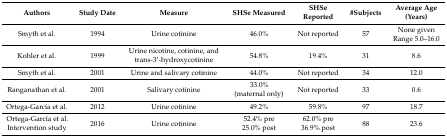
| Authors | Study Date | Measure | SHSe Measured | SHSe Reported | #Subjects | Average Age (Years) |
 | --- | --- | --- | --- | --- | --- | --- |
 | Smyth et al. | 1994 | Urine cotinine | 46.0% | Not reported | 57 | None given Range 5.0–16.0 |
 | Kohler et al. | 1999 | Urine nicotine, cotinine, and trans-3′-hydroxycotinine | 54.8% | 19.4% | 31 | 8.6 |
 | Smyth et al. | 2001 | Urine and salivary cotinine | 44.0% | Not reported | 34 | 12.0 |
 | Ranganathan et al. | 2001 | Salivary cotinine | 33.0% (maternal only) | Not reported | 33 | 0.6 |
 | Ortega-García et al. | 2012 | Urine cotinine | 49.2% | 59.8% | 97 | 18.7 |
 | Ortega-García et al. Intervention study | 2016 | Urine cotinine | 52.4% pre 25.0% post | 62.0% pre 36.9% post | 88 | 23.6 |